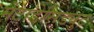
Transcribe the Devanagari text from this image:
मेटाडेसिड्युट